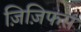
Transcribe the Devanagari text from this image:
ज़िज़िफस